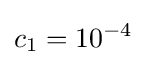
c_{1}=10^{-4}